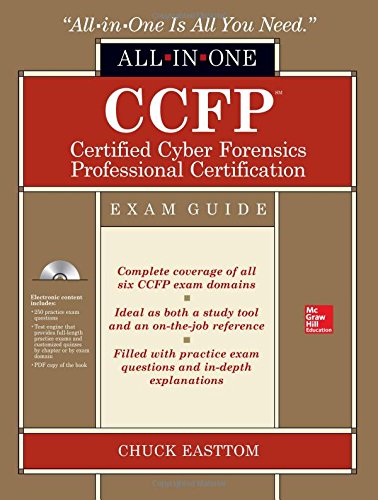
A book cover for CCFP Certified Cyber Forensics Professional All-in-One Exam Guide; Chuck Easttom; Computers & Technology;